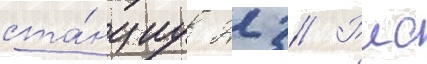
ста́нциу 22 // Рлс